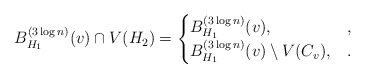
\begin{align*} B_{H_1}^{(3 \log n)}(v) \cap V(H_2) = \begin{cases} B_{H_1}^{(3 \log n)}(v), &,\\ B_{H_1}^{(3 \log n)}(v) \setminus V(C_v), &. \end{cases}\end{align*}